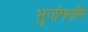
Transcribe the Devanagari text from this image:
भुजंगमणि